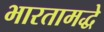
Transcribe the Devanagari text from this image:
भारतामद्धे